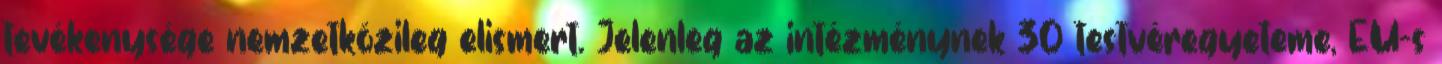
tevékenysége nemzetközileg elismert. Jelenleg az intézménynek 30 testvéregyeteme, EU-s